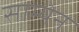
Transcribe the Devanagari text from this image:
साम्येन